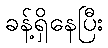
ခန့်ရှိနေပြီး